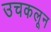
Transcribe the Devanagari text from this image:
उचकलून